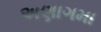
અણાગમા